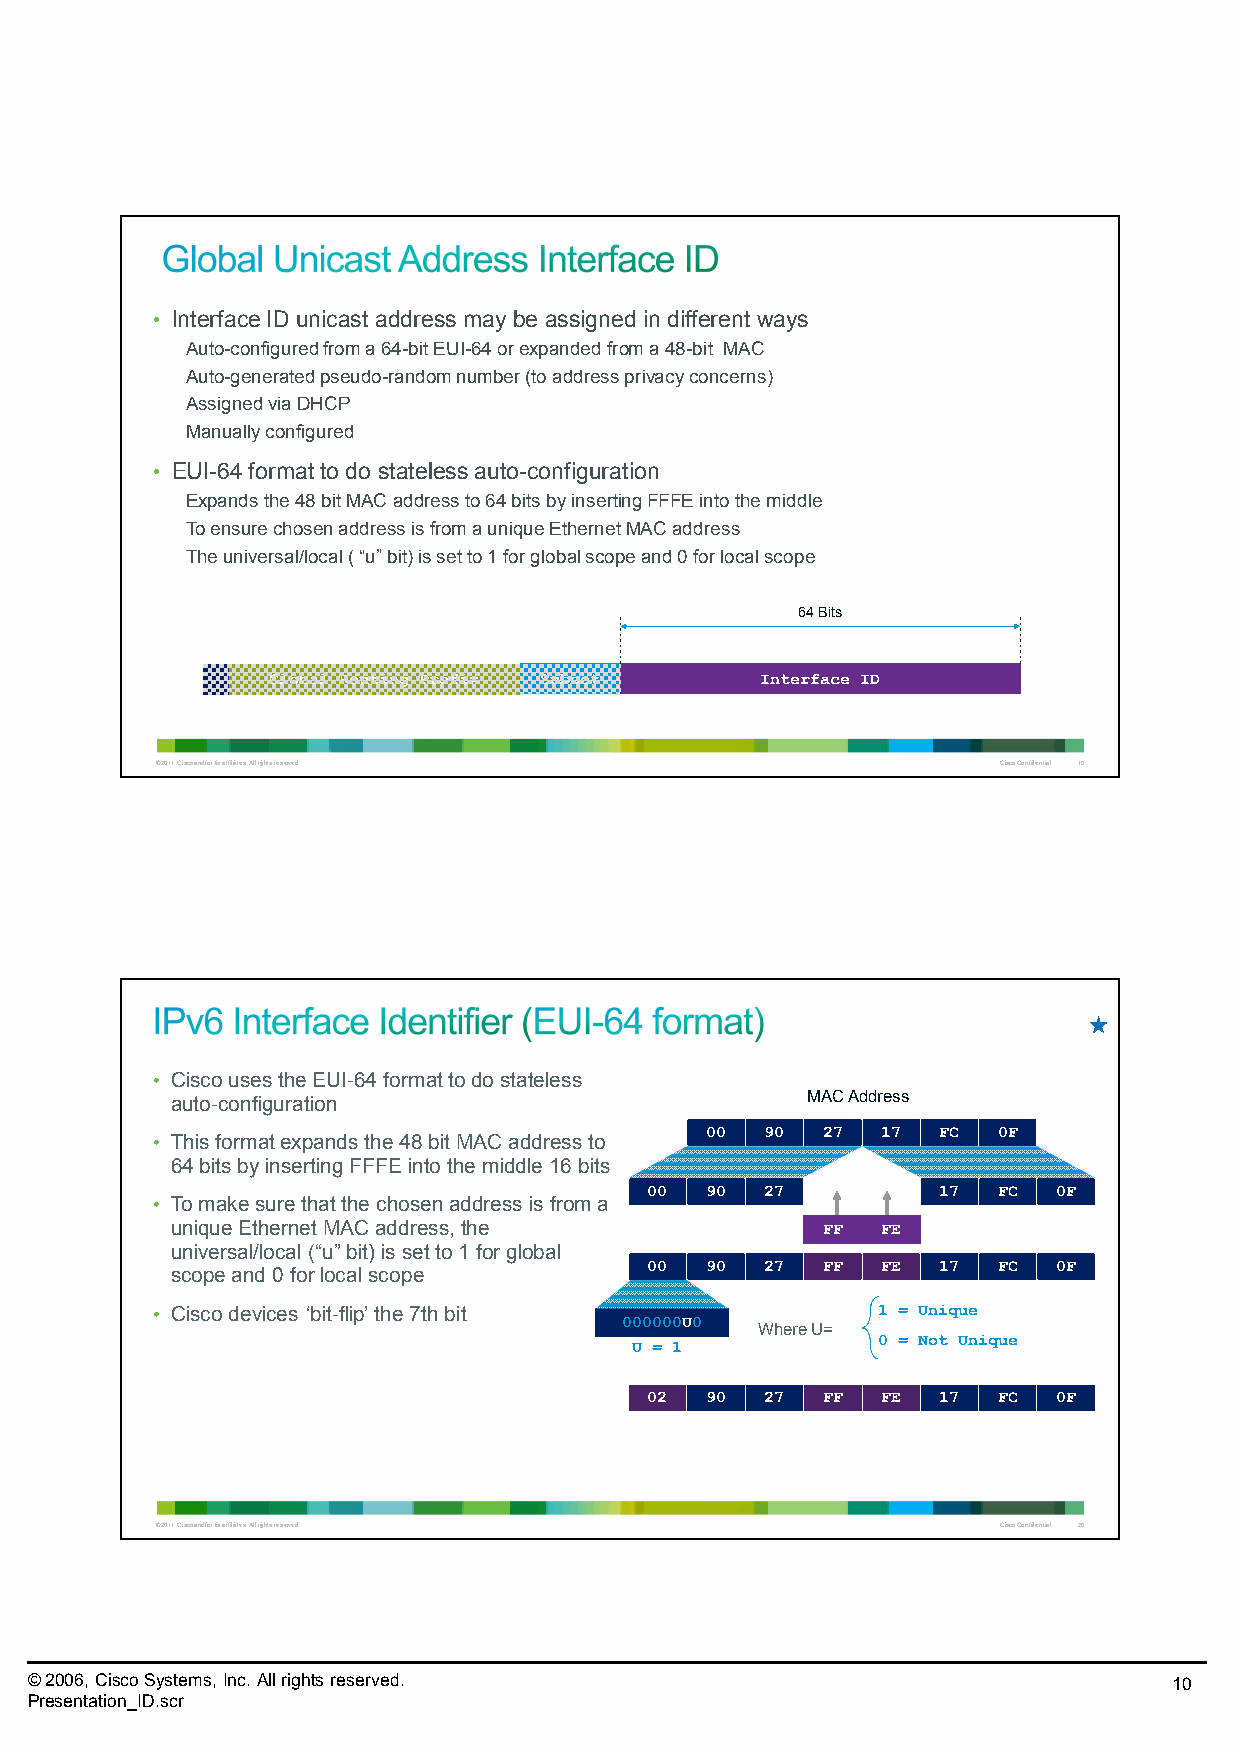
• Interface ID unicast address may be assigned in different ways
 Auto-configured from a 64-bit EUI-64 or expanded from a 48-bit MAC
 Auto-generated pseudo-random number (to address privacy concerns)
 Assigned via DHCP
 Manually configured
 • EUI-64 format to do stateless auto-configuration
 Expands the 48 bit MAC address to 64 bits by inserting FFFEinto the middle
 To ensure chosen address is from a unique Ethernet MAC address
 The universal/local ( “u” bit) is set to 1 for global scope and 0 for local scope
 64 Bits
 Global Routing Prefix Subnet    Interface ID
 © 2011 Cisco and/or its affiliates. All rights reserved. Cisco Confidential 19
 • Cisco uses the EUI-64 format to do stateless
 auto-configuration                        MAC Address
 00  90 27  17  FC  0F
 • This format expands the 48 bit MAC address to
 64 bits by inserting FFFEinto the middle 16 bits
 00  90  27         17  FC  0F
 • To make sure that the chosen address is from a
 unique Ethernet MAC address, the           FF  FE
 universal/local (“u” bit) is set to 1 for global
 00  90  27 FF  FE  17  FC  0F
 scope and 0 for local scope
 • Cisco devices ‘bit-flip’ the 7th bit          1 = Unique
 000000U0
 WhereU=
 0 = Not Unique
 U = 1
 02  90  27 FF  FE  17  FC  0F
 © 2011 Cisco and/or its affiliates. All rights reserved. Cisco Confidential 20
 © 2006, Cisco Systems, Inc. All rights reserved.                            10
 Presentation_ID.scr